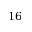
1 6